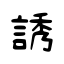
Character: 誘